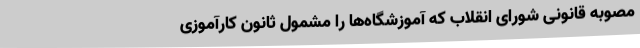
مصوبه قانونی شورای انقلاب که آموزشگاه‌ها را مشمول ثانون کارآموزی